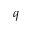
q